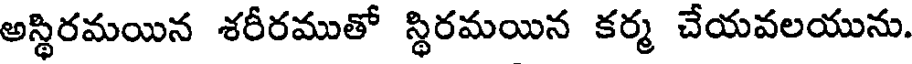
అస్థిరమయిన శరీరముతో స్థిరమయిన కర్మ చేయవలయును.